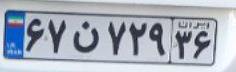
۶۷ن۷۲۹۳۶